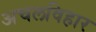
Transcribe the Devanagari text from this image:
अचलविहार